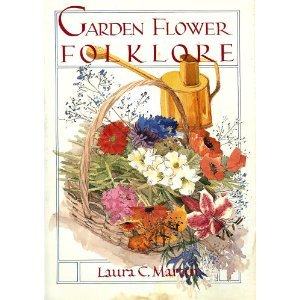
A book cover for Garden Flower Folklore (Insiders Guide: Off the Beaten Path); Laura C. Martin; Travel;